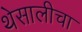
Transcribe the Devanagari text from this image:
थेसालीचा